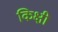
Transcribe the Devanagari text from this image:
किक्षी